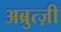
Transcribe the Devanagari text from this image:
अब्रुत्ज़ी